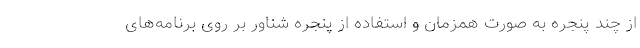
از چند پنجره به صورت همزمان و استفاده از پنجره شناور بر روی برنامه‌های